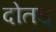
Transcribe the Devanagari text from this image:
दोतड्